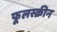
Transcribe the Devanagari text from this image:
फूलस्क्रीन